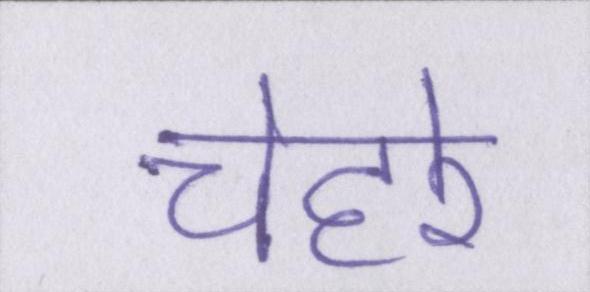
चेहरे